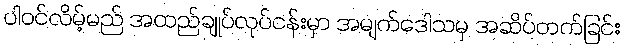
ပါဝင်လိမ့်မည် အထည်ချုပ်လုပ်ငန်းမှာ အမျက်ဒေါသမှ အဆိပ်တက်ခြင်း